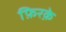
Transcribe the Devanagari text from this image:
फ़िरक़े